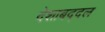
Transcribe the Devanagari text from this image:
देशाबद्दल